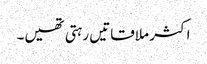
اکثر ملاقاتیں رہتی تھیں۔